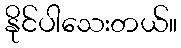
နိုင်ပါသေးတယ်။